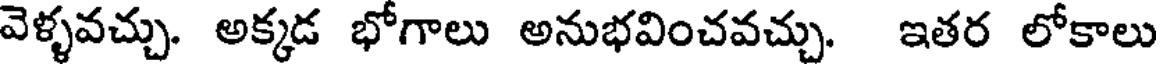
వెళ్ళవచ్చు. అక్కడ భోగాలు అనుభవించవచ్చు. ఇతర లోకాలు